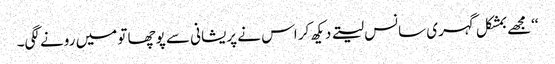
‘‘مجھے بمشکل گہری سانس لیتے دیکھ کر اس نے پریشانی سے پوچھا تو میں رونے لگی۔